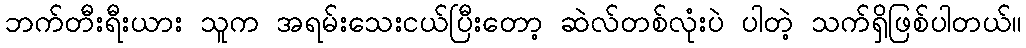
ဘက်တီးရီးယား သူက အရမ်းသေးငယ်ပြီးတော့ ဆဲလ်တစ်လုံးပဲ ပါတဲ့ သက်ရှိဖြစ်ပါတယ်။